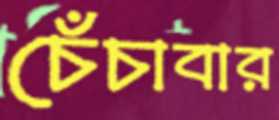
চেঁচাবার